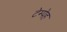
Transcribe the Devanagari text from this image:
टेम्पेह